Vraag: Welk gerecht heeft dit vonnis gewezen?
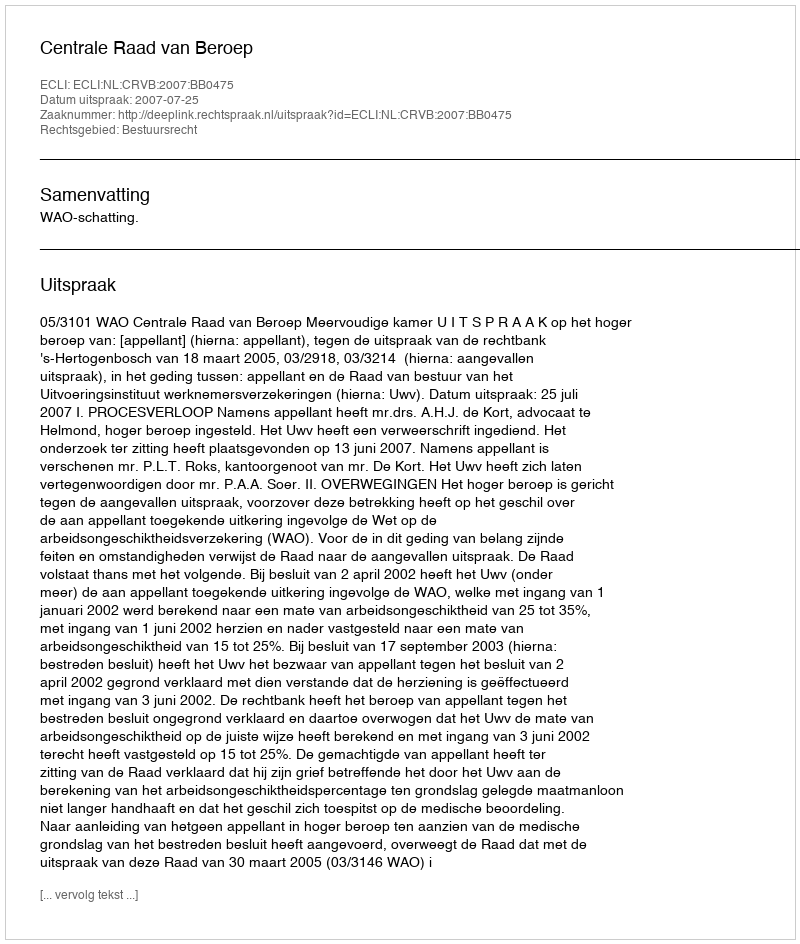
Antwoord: Centrale Raad van Beroep